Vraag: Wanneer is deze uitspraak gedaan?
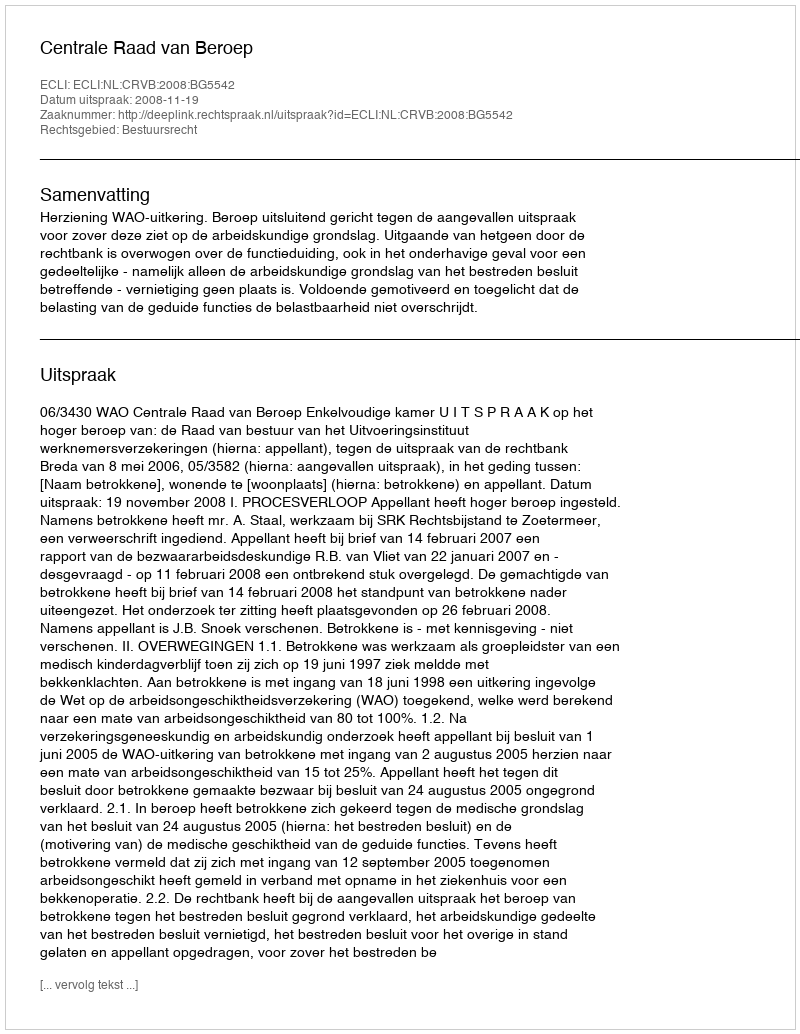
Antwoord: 2008-11-19